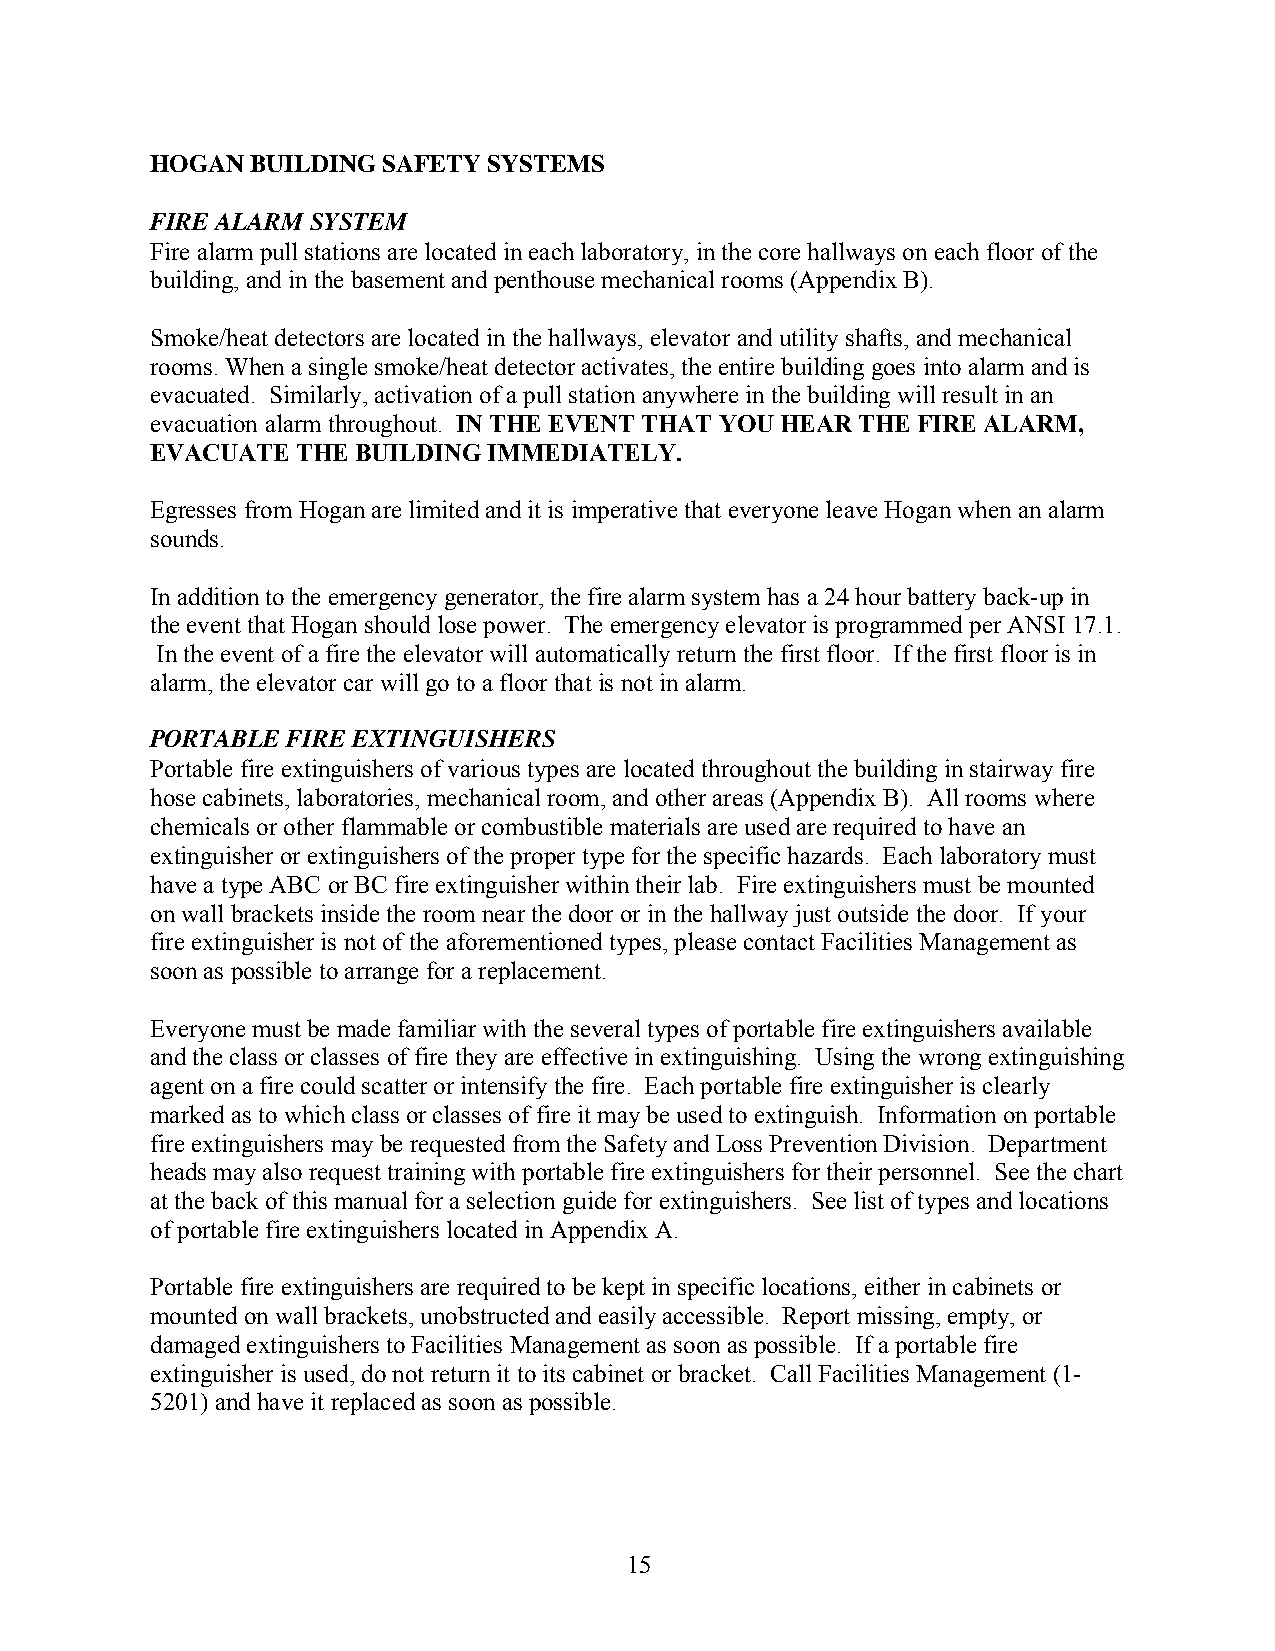
HOGAN  BUILDING SAFETY SYSTEMS
 FIRE ALARM SYSTEM
 Fire alarm pull stations are located in each laboratory, in the core hallways on each floor of the
 building, and in the basement and penthouse mechanical rooms (Appendix B).
 Smoke/heat detectors are located in the hallways, elevator and utility shafts, and mechanical
 rooms. When a single smoke/heat detector activates, the entire building goes into alarm and is
 evacuated. Similarly, activation of a pull station anywhere in the building will result in an
 evacuation alarm throughout. IN THE EVENT THAT YOU HEAR THE FIRE ALARM,
 EVACUATE  THE BUILDING IMMEDIATELY.
 Egresses from Hogan are limited and it is imperative that everyone leave Hogan when an alarm
 sounds.
 In addition to the emergency generator, the fire alarm system has a 24 hour battery back-up in
 the event that Hogan should lose power. The emergency elevator is programmed per ANSI 17.1.
 In the event of a fire the elevator will automatically return the first floor. If the first floor is in
 alarm, the elevator car will go to a floor that is not in alarm.
 PORTABLE FIRE EXTINGUISHERS
 Portable fire extinguishers of various types are located throughout the building in stairway fire
 hose cabinets, laboratories, mechanical room, and other areas (Appendix B). All rooms where
 chemicals or other flammable or combustible materials are used are required to have an
 extinguisher or extinguishers of the proper type for the specific hazards. Each laboratory must
 have a type ABC or BC fire extinguisher within their lab. Fire extinguishers must be mounted
 on wall brackets inside the room near the door or in the hallway just outside the door. If your
 fire extinguisher is not of the aforementioned types, please contact Facilities Management as
 soon as possible to arrange for a replacement.
 Everyone must be made familiar with the several types of portable fire extinguishers available
 and the class or classes of fire they are effective in extinguishing. Using the wrong extinguishing
 agent on a fire could scatter or intensify the fire. Each portable fire extinguisher is clearly
 marked as to which class or classes of fire it may be used to extinguish. Information on portable
 fire extinguishers may be requested from the Safety and Loss Prevention Division. Department
 heads may also request training with portable fire extinguishers for their personnel. See the chart
 at the back of this manual for a selection guide for extinguishers. See list of types and locations
 of portable fire extinguishers located in Appendix A.
 Portable fire extinguishers are required to be kept in specific locations, either in cabinets or
 mounted on wall brackets, unobstructed and easily accessible. Report missing, empty, or
 damaged extinguishers to Facilities Management as soon as possible. If a portable fire
 extinguisher is used, do not return it to its cabinet or bracket. Call Facilities Management (1-
 5201) and have it replaced as soon as possible.
 15